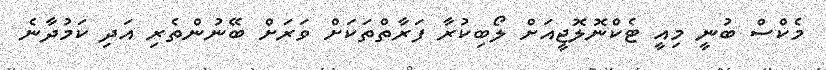
މެކްސް ބުނީ މިއީ ޓެކްނޮލޮޖީއަށް ލޯބިކުރާ ފަރާތްތަކަށް ވަރަށް ބޭނުންތެރި އަދި ކަމުދާނެ